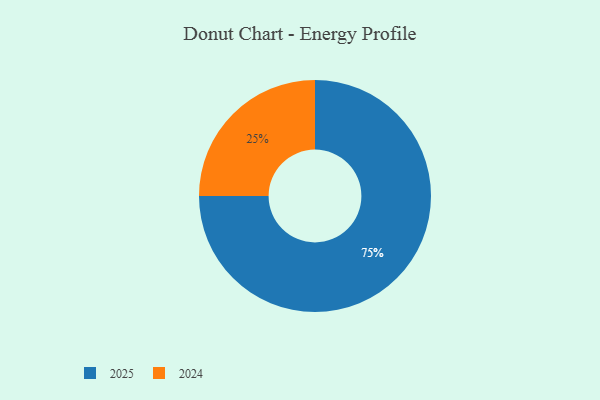
{"axis": {"x": "Category", "y": "Percentage"}, "legend": ["2024", "2025"], "data": [{"x": "2025", "y": 75, "type": "2025"}, {"x": "2024", "y": 25, "type": "2024"}]}